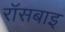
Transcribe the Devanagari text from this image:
रॉसबाइ